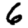
Digit: 6